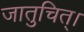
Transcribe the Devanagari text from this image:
जातुचित्।